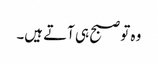
وہ تو صبح ہی آتے ہیں۔